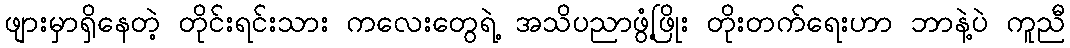
ဖျားမှာရှိနေတဲ့ တိုင်းရင်းသား ကလေးတွေရဲ့ အသိပညာဖွံ့ဖြိုး တိုးတက်ရေးဟာ ဘာနဲ့ပဲ ကူညီ